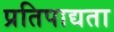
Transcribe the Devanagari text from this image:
प्रतिपाद्यता